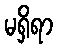
မရှိရာ